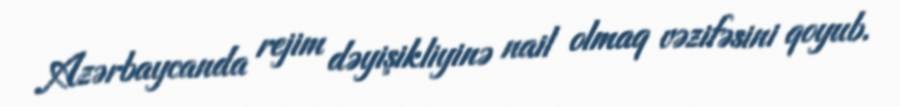
Azərbaycanda rejim dəyişikliyinə nail olmaq vəzifəsini qoyub.